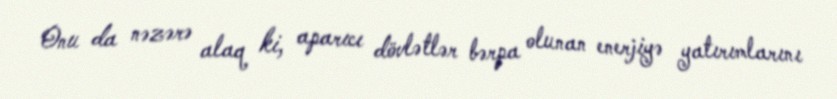
Onu da nəzərə alaq ki, aparıcı dövlətlər bərpa olunan enerjiyə yatırımlarını